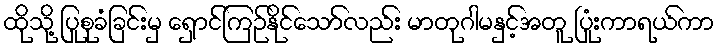
ထိုသို့ ပြုစုခံခြင်းမှ ရှောင်ကြဉ်နိုင်သော်လည်း မာတုဂါမနှင့်အတူ ပြုံးကာရယ်ကာ